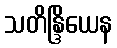
သတိန္ဒြိယေန